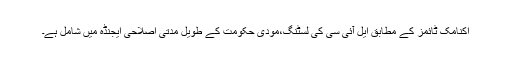
اکنامک ٹائمز کے مطابق ایل آئی سی کی لسٹنگ،مودی حکومت کے طویل مدتی اصلاحی ایجنڈہ میں شامل ہے۔